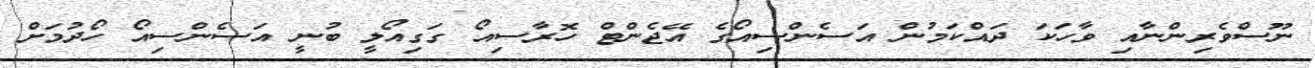
ނޫސްވެރިންނާއި ވާހަކަ ދައްކަމުން އަސެންސިއޯގެ އޭޖެންޓް ހޮރާސިއޯ ގަގިއޯލީ ބުނީ އަސެންސިއޯ ހޯދުމަށް